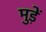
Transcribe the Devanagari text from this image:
मुड़ें